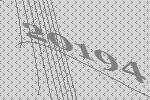
20194